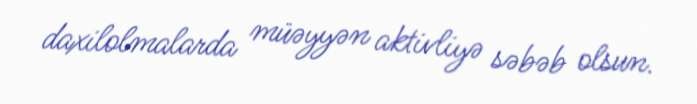
daxilolmalarda müəyyən aktivliyə səbəb olsun.